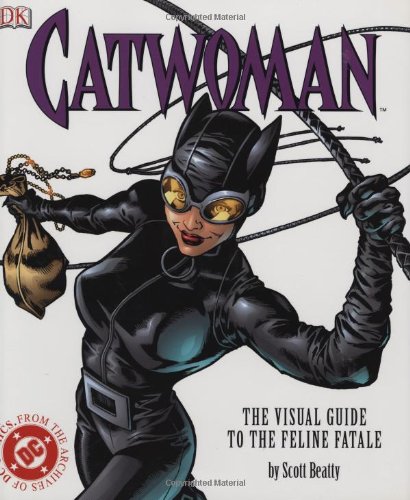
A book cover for Catwoman: The Visual Guide to the Feline Fatale; Scott Beatty; Children's Books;